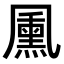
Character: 𭂺